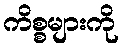
ကိစ္စများကို